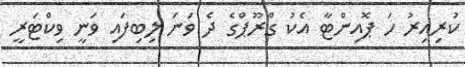
ކުރިއިރު ހަ ޕޮއިންޓާ އެކު ގްރޫޕްގެ ދެ ވަނަ ލިބިފައި ވަނީ ވިކްޓަރީ